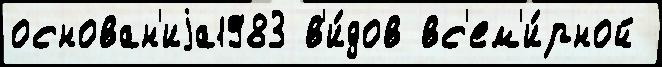
основан'иjа1983 в'и́дов вс'ем'и́рной